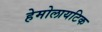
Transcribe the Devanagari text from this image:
हेमोलायटिक